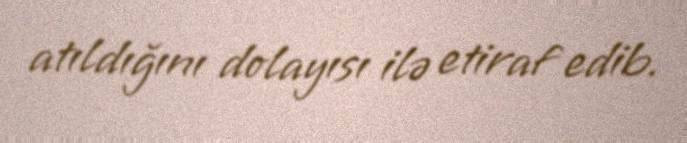
atıldığını dolayısı ilə etiraf edib.